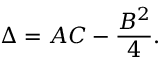
\Delta = A C - { \frac { B ^ { 2 } } { 4 } } .